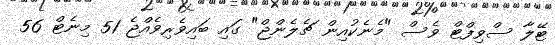
ޓޭލާ ސްވިފްޓް ވެސް "މެނެކުއިން ޗެލެންޖް" ގައި ބައިވެރިވެއްޖެ 51 މިނެޓް 56